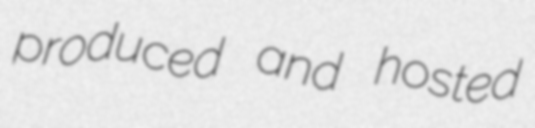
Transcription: produced and hosted